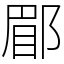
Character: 郿